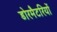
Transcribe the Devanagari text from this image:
डोरमैटरियों